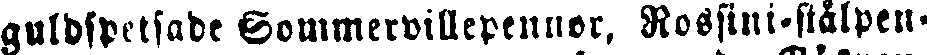
guldspetsade Sommervillepennor, Rossini-stålpen-